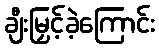
ချီးမြှင့်ခဲ့ကြောင်း